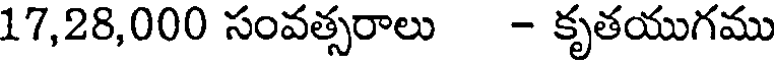
17,28,000 సంవత్సరాలు - కృతయుగము